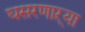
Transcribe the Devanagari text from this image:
घसरणाऱ्या